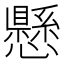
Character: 懸